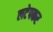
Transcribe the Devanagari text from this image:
लटेपकर